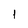
Character: 1